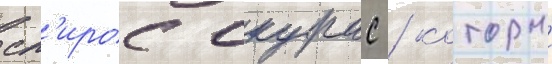
сп'ирос скурас / которыи